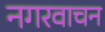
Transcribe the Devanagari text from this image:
नगरवाचन